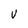
Character: V